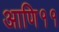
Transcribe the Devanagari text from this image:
आणि११